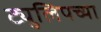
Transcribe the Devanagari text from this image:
ट्युलिपच्या